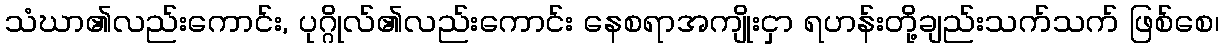
သံဃာ၏လည်းကောင်း, ပုဂ္ဂိုလ်၏လည်းကောင်း နေစရာအကျိုးငှာ ရဟန်းတို့ချည်းသက်သက် ဖြစ်စေ၊